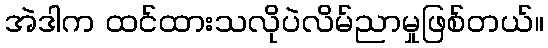
အဲဒါက ထင်ထားသလိုပဲလိမ်ညာမှုဖြစ်တယ်။